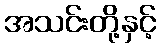
အသင်းတို့နှင့်